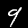
Label: 9